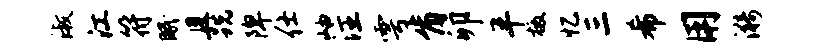
淑江符眠且跣陴仕岫注雩肯卯半檄忆三希用漪